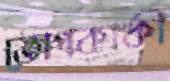
তোপকাকী